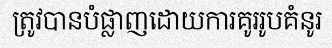
ត្រូវបានបំផ្លាញដោយការគូររូបគំនូរ